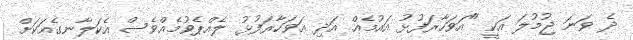
ދެ ވަނަ ޖުމުލަ އަކީ "އަވަހާރަފުޅު އައުމެއް އަދި އަވަހާރަފުޅު ލެއްޕެވުމެއްވެސް އެކަލާނގެއަކަށް